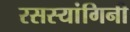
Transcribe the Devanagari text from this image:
रसस्यांगिनी